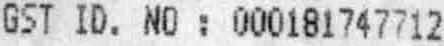
GST ID. NO : 000181747712